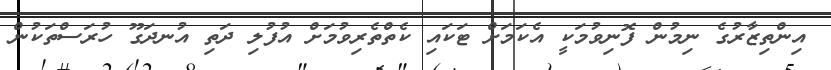
އިންތިޒާރުގެ ނިމުން ފޮނިވުމަކީ އެކަމަށް ޓަކައި ކެތްތެރިވުމަށް އުފުލި ދަތި އުނދަގޫ ހުރަސްތަކުން